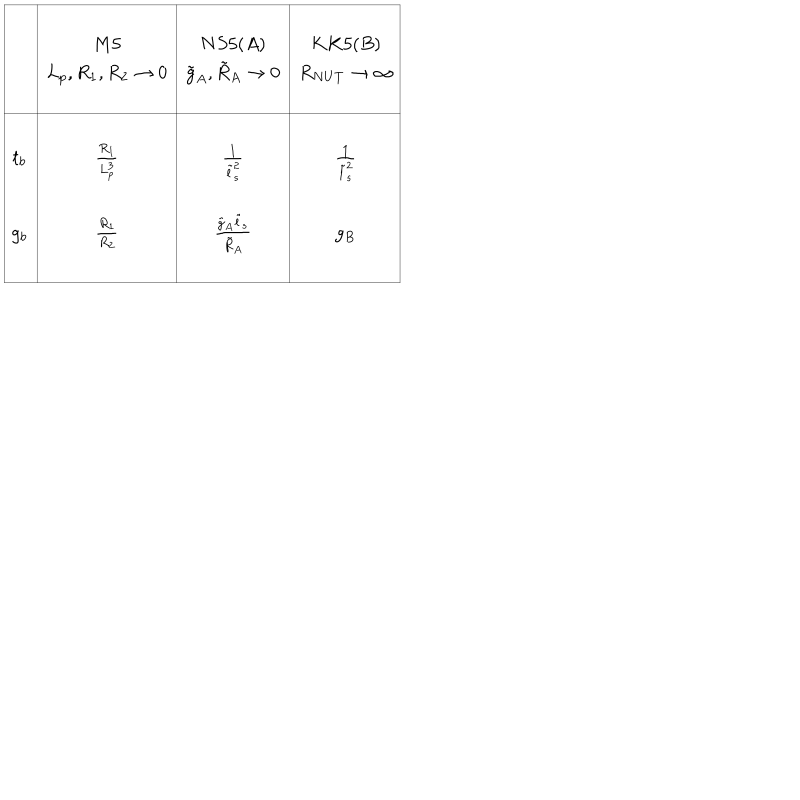
\begin{array} { | c | c | c | c | } \hline { { } } & { { } } & { { } } & { { } } \\ { { } } & { { M 5 } } & { { N S 5 ( A ) } } & { { K K 5 ( B ) } } \\ { { } } & { { L _ { p } , R _ { 1 } , R _ { 2 } \rightarrow 0 } } & { { \tilde { g } _ { A } , \tilde { R } _ { A } \rightarrow 0 } } & { { R _ { N U T } \rightarrow \infty } } \\ { { } } & { { } } & { { } } & { { } } \\ \hline { { } } & { { } } & { { } } & { { } } \\ { { t _ { b } } } & { { { \frac { R _ { 1 } } { L _ { p } ^ { 3 } } } } } & { { { \frac { 1 } { \tilde { l } _ { s } ^ { 2 } } } } } & { { { \frac { 1 } { { \tilde { l } } _ { s } ^ { 2 } } } } } \\ { { } } & { { } } & { { } } & { { } } \\ { { g _ { b } } } & { { { \frac { R _ { 1 } } { R _ { 2 } } } } } & { { { \frac { \tilde { g } _ { A } \tilde { l } _ { s } } { \tilde { R } _ { A } } } } } & { { g _ { B } } } \\ { { } } & { { } } & { { } } & { { } } \\ \hline { { } } \\ \end{array}